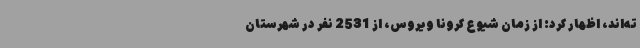
ته‌اند، اظهار کرد: از زمان شیوع کرونا ویروس، از 2531 نفر در شهرستان